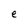
Character: e